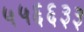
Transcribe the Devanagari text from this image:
५५६६३३